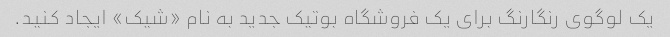
یک لوگوی رنگارنگ برای یک فروشگاه بوتیک جدید به نام «شیک» ایجاد کنید.